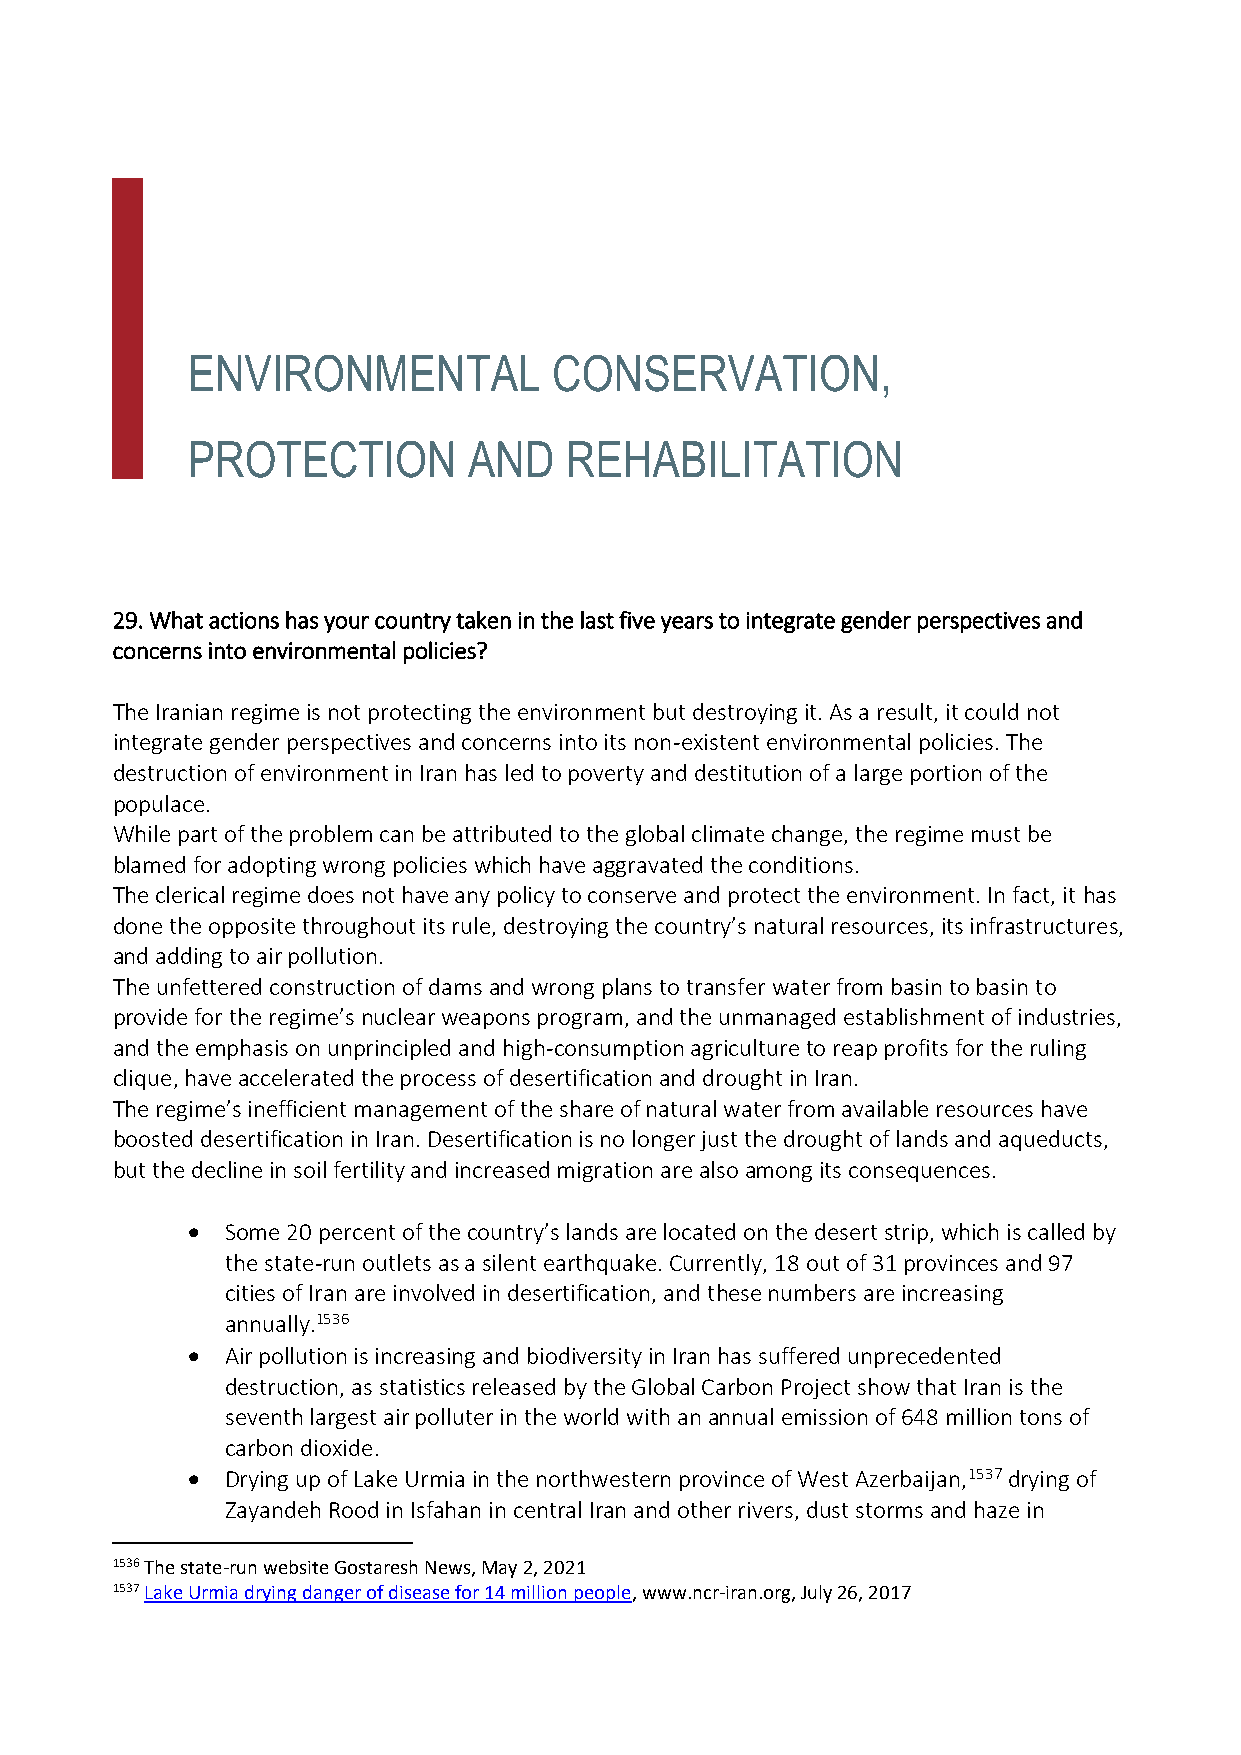
ENVIRONMENTAL            CONSERVATION,
 PROTECTION         AND   REHABILITATION
 29. What actions has your country taken in the last five years to integrate gender perspectives and
 concerns into environmental policies?
 The Iranian regime is not protecting the environment but destroying it. As a result, it could not
 integrate gender perspectives and concerns into its non-existent environmental policies. The
 destruction of environment in Iran has led to poverty and destitution of a large portion of the
 populace.
 While part of the problem can be attributed to the global climate change, the regime must be
 blamed for adopting wrong policies which have aggravated the conditions.
 The clerical regime does not have any policy to conserve and protect the environment. In fact, it has
 done the opposite throughout its rule, destroying the country’s natural resources, its infrastructures,
 and adding to air pollution.
 The unfettered construction of dams and wrong plans to transfer water from basin to basin to
 provide for the regime’s nuclear weapons program, and the unmanaged establishment of industries,
 and the emphasis on unprincipled and high-consumption agriculture to reap profits for the ruling
 clique, have accelerated the process of desertification and drought in Iran.
 The regime’s inefficient management of the share of natural water from available resources have
 boosted desertification in Iran. Desertification is no longer just the drought of lands and aqueducts,
 but the decline in soil fertility and increased migration are also among its consequences.
   Some 20 percent of the country’s lands are located on the desert strip, which is called by
 the state-run outlets as a silent earthquake. Currently, 18 out of 31 provinces and 97
 cities of Iran are involved in desertification, and these numbers are increasing
 annually.1536
   Air pollution is increasing and biodiversity in Iran has suffered unprecedented
 destruction, as statistics released by the Global Carbon Project show that Iran is the
 seventh largest air polluter in the world with an annual emission of 648 million tons of
 carbon dioxide.
   Drying up of Lake Urmia in the northwestern province of West Azerbaijan,1537 drying of
 Zayandeh Rood in Isfahan in central Iran and other rivers, dust storms and haze in
 1536 The state-run website Gostaresh News, May 2, 2021
 1537 Lake Urmia drying danger of disease for 14 million people, www.ncr-iran.org, July 26, 2017